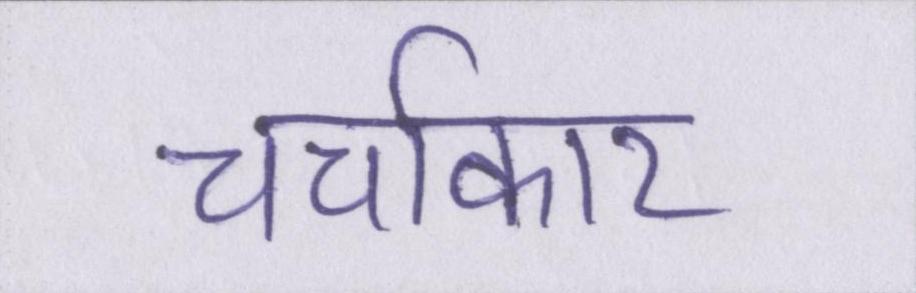
चर्चाकार